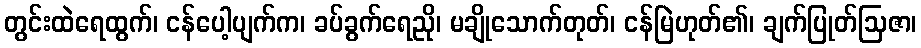
တွင်းထဲရေထွက်၊ ငန်ပေါ့ပျက်က၊ ခပ်ခွက်ရေညို၊ မချိုသောက်တုတ်၊ ငန်မြဲဟုတ်၏၊ ချက်ပြုတ်ဩဇာ၊